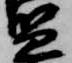
監